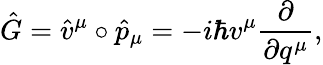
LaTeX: \hat{G}=\hat{v}^{\mu}\circ\hat{p}_{\mu}=-i\hbar v^{\mu}\frac{\partial}{\partial q^{\mu}},